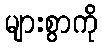
များစွာကို